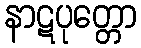
နာဋပုတ္တော